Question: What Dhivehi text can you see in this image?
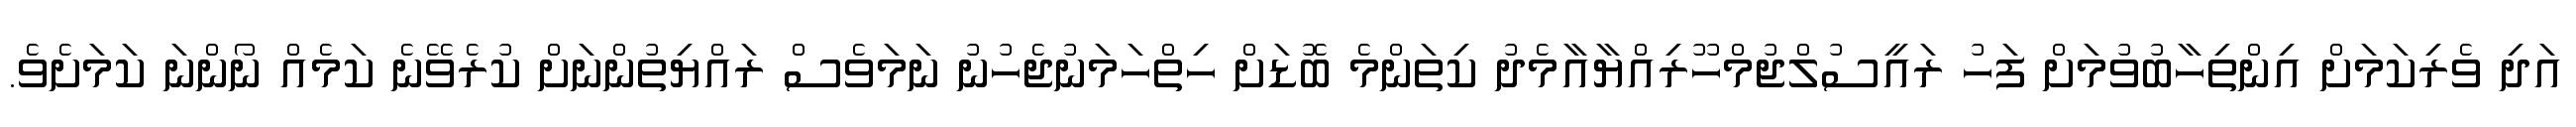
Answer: އަދި ވެރިކަމަށް އިންތިހާބުވުމަށް ފަހު ރައީސުލްޖުމްހޫރިއްޔާއާމެދު ކިތަންމެ ބޮޑަށް ހިތްހަމަނުޖެހުނު ނަމަވެސް ރައްޔިތުންނަށް ކުރެވޭނެ ކަމެއް ނޯންނަ ކަމަށެވެ.